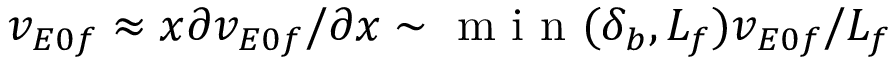
v _ { E 0 f } \approx x \partial v _ { E 0 f } / \partial x \sim \textrm { m i n } ( \delta _ { b } , L _ { f } ) v _ { E 0 f } / L _ { f }